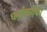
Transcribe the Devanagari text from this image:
धर्माचार्यको